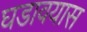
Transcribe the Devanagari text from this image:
घडावयास